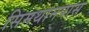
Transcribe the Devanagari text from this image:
सिमथानपास